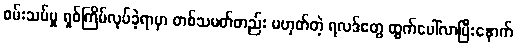
စမ်းသပ်မှု ရှစ်ကြိမ်လုပ်ခဲ့ရာမှာ တစ်သမတ်တည်း မဟုတ်တဲ့ ရလဒ်တွေ ထွက်ပေါ်လာပြီးနောက်